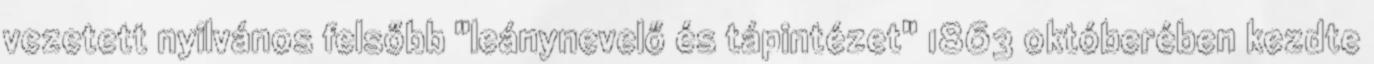
vezetett nyilvános felsőbb "leánynevelő és tápintézet" 1863 októberében kezdte